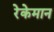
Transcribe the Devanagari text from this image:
रेकेमान